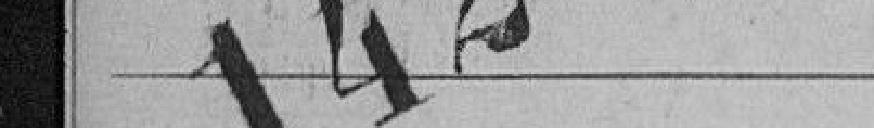
142